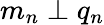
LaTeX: m_{n}\perp q_{n}